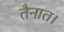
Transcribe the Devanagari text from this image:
तैनात।